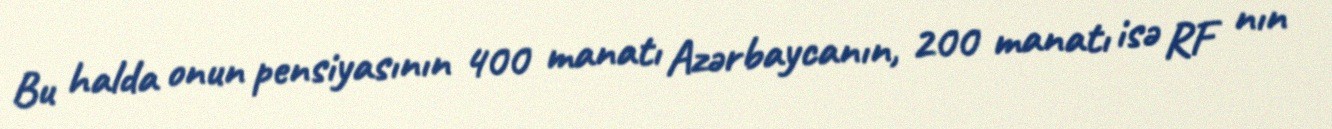
Bu halda onun pensiyasının 400 manatı Azərbaycanın, 200 manatı isə RF nın